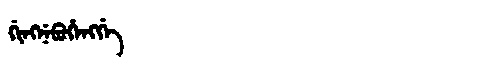
Manchu: ᡤᡳᠩᠨᡝᠪᡠᡥᡝᠩᡤᡝ
Romanization: GINGNEBUHENGGE